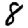
Digit: 8